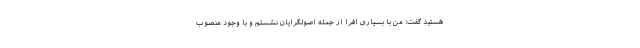
هستید گفت: من با بسیاری افرا از جمله اصولگرایان نشستم و با وجود منصوب